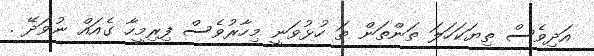
އަދިވެސް ތިޔަކަހަލަ ތަންތަން ތަ ހުޅުވަނީ މިހާރުވެސް ފިރިމީހާ ގެއައް ނުވަދޭ .